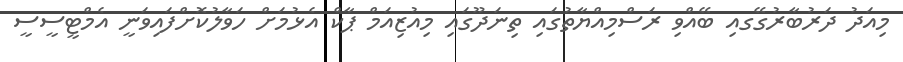
މިއަދު ދަރުބާރުގޭގއި ބޭއްވި ރަސްމިއްޔާތުގައި ތިނަދޫގައި މިއުޒިއަމް ޕާކް އެޅުމަށް ހަވާލުކޮށްފައިވަނީ އެމްޓީސީސީ